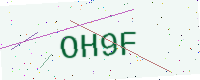
Text: OH9F